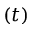
( t )